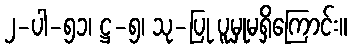
၂-ပါ-၅၁၊ ဋ္ဌ-၅၊ သု-ပြု ပူမှုမရှိကြောင်း။